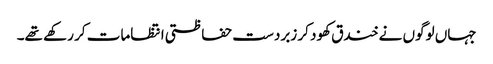
جہاں لوگوں نے خندق کھود کر زبردست حفاظتی انتظامات کر رکھے تھے۔